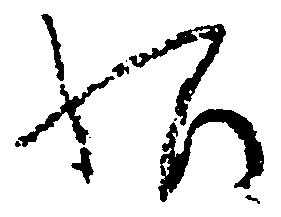
給